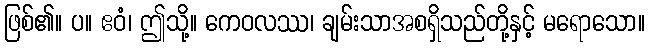
ဖြစ်၏။ ပ။ ဧဝံ၊ ဤသို့။ ကေဝလဿ၊ ချမ်းသာအစရှိသည်တို့နှင့် မရောသော။